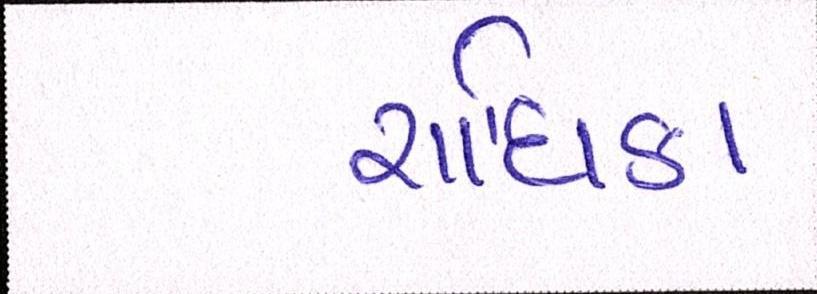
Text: રાધિકા